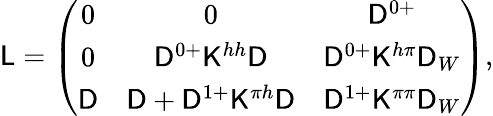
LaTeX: \mathsf{L}=\left(\begin{array}{ccc}{0}&{0}&{\mathsf{D}^{0+}}\\ {0}&{\mathsf{D}^{0+}\mathsf{K}^{hh}\mathsf{D}}&{\mathsf{D}^{0+}\mathsf{K}^{h\pi}\mathsf{D}_{W}}\\ {\mathsf{D}}&{\mathsf{D}+\mathsf{D}^{1+}\mathsf{K}^{\pi h}\mathsf{D}}&{\mathsf{D}^{1+}\mathsf{K}^{\pi\pi}\mathsf{D}_{W}}\end{array}\right),